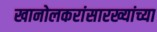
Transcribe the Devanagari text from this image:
खानोलकरांसारख्यांच्या